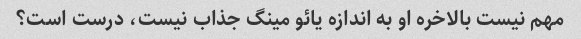
مهم نیست بالاخره او به اندازه یائو مینگ جذاب نیست، درست است؟